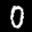
Label: 0